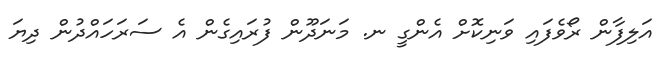
އަލިފާން ރޯވެފައި ވަނިކޮށް އެންގީ ނ. މަނަދޫން ފުރައިގެން އެ ސަރަހައްދުން ދިޔަ